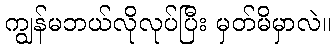
ကျွန်မဘယ်လိုလုပ်ပြီး မှတ်မိမှာလဲ။